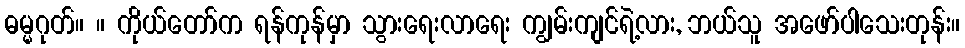
ဓမ္မဂုတ်။ ။ ကိုယ်တော်က ရန်ကုန်မှာ သွားရေးလာရေး ကျွမ်းကျင်ရဲ့လား, ဘယ်သူ အဖော်ပါသေးတုန်း။